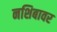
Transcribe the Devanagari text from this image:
नशिबावर